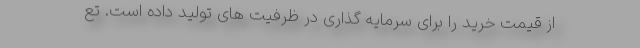
از قیمت خرید را برای سرمایه گذاری در ظرفیت های تولید داده است. تع